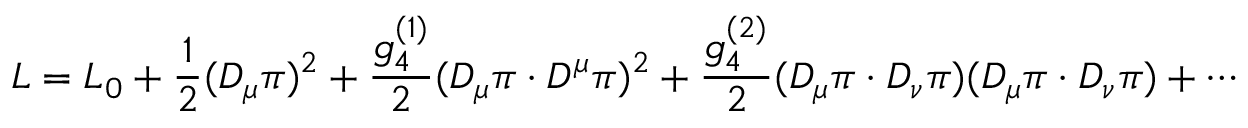
{ \cal L } = { \cal L _ { 0 } } + \frac { 1 } { 2 } ( D _ { \mu } \pi ) ^ { 2 } + \frac { g _ { 4 } ^ { ( 1 ) } } { 2 } ( D _ { \mu } \pi \cdot D ^ { \mu } \pi ) ^ { 2 } + \frac { g _ { 4 } ^ { ( 2 ) } } { 2 } ( D _ { \mu } \pi \cdot D _ { \nu } \pi ) ( D _ { \mu } \pi \cdot D _ { \nu } \pi ) + \cdots